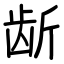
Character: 龂